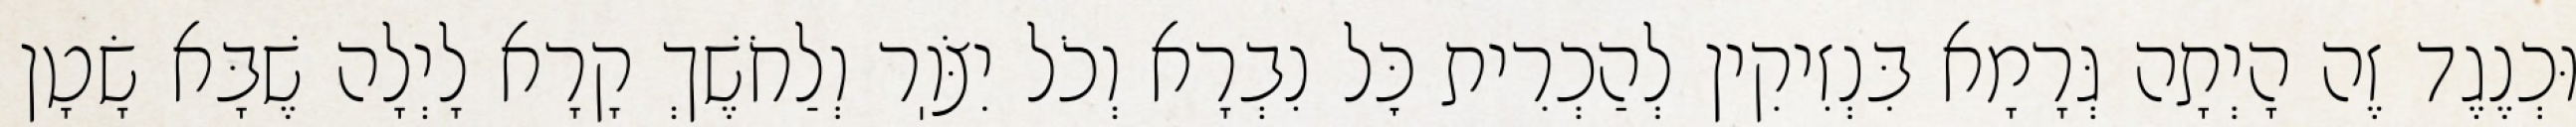
וּכְנֶגֶד זֶה הָיְתָה גְּרָמָא בִּנְזִיקִין לְהַכְרִית כׇּל נִבְרָא וְכֹל יִצֹּוֽר וְלַחֹשֶׁךְ קָרָא לָיְלָה שֶׁבָּא שָׂטָן